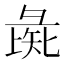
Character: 彘